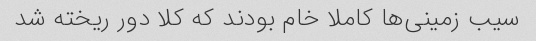
سیب زمینی‌ها کاملا خام بودند که کلا دور ریخته شد